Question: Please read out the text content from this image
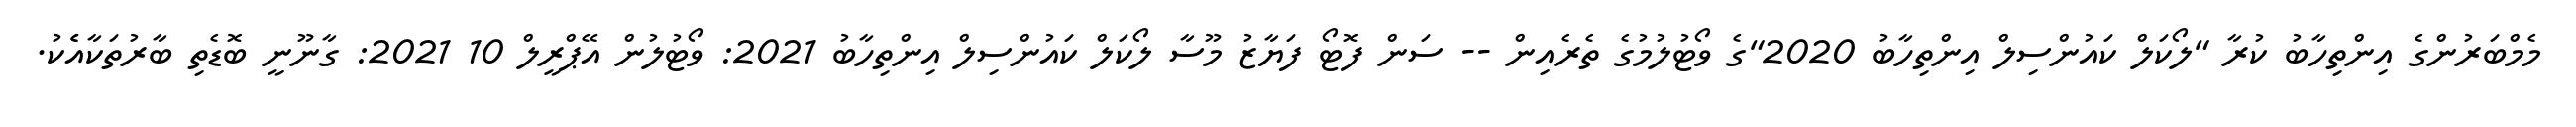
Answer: މެމްބަރުންގެ އިންތިހާބު ކުރާ "ލޯކަލް ކައުންސިލް އިންތިހާބު 2020"ގެ ވޯޓުލުމުގެ ތެރެއިން -- ސަން ފޮޓޯ ފަޔާޒު މޫސާ ލޯކަލް ކައުންސިލް އިންތިހާބު 2021: ވޯޓުލުން އޭޕްރީލް 10 2021: ގާނޫނީ ބޮޑެތި ބާރުތަކާއެެކު.